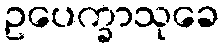
ဥပေက္ခာသုခေ